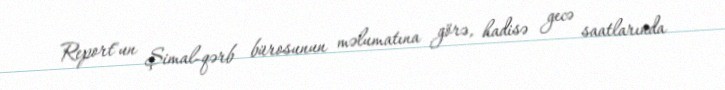
Report"un Şimal-qərb bürosunun məlumatına görə, hadisə gecə saatlarında